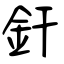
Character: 釬